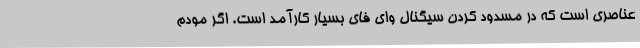
عناصری است که در مسدود کردن سیگنال وای فای بسیار کارآمد است. اگر مودم